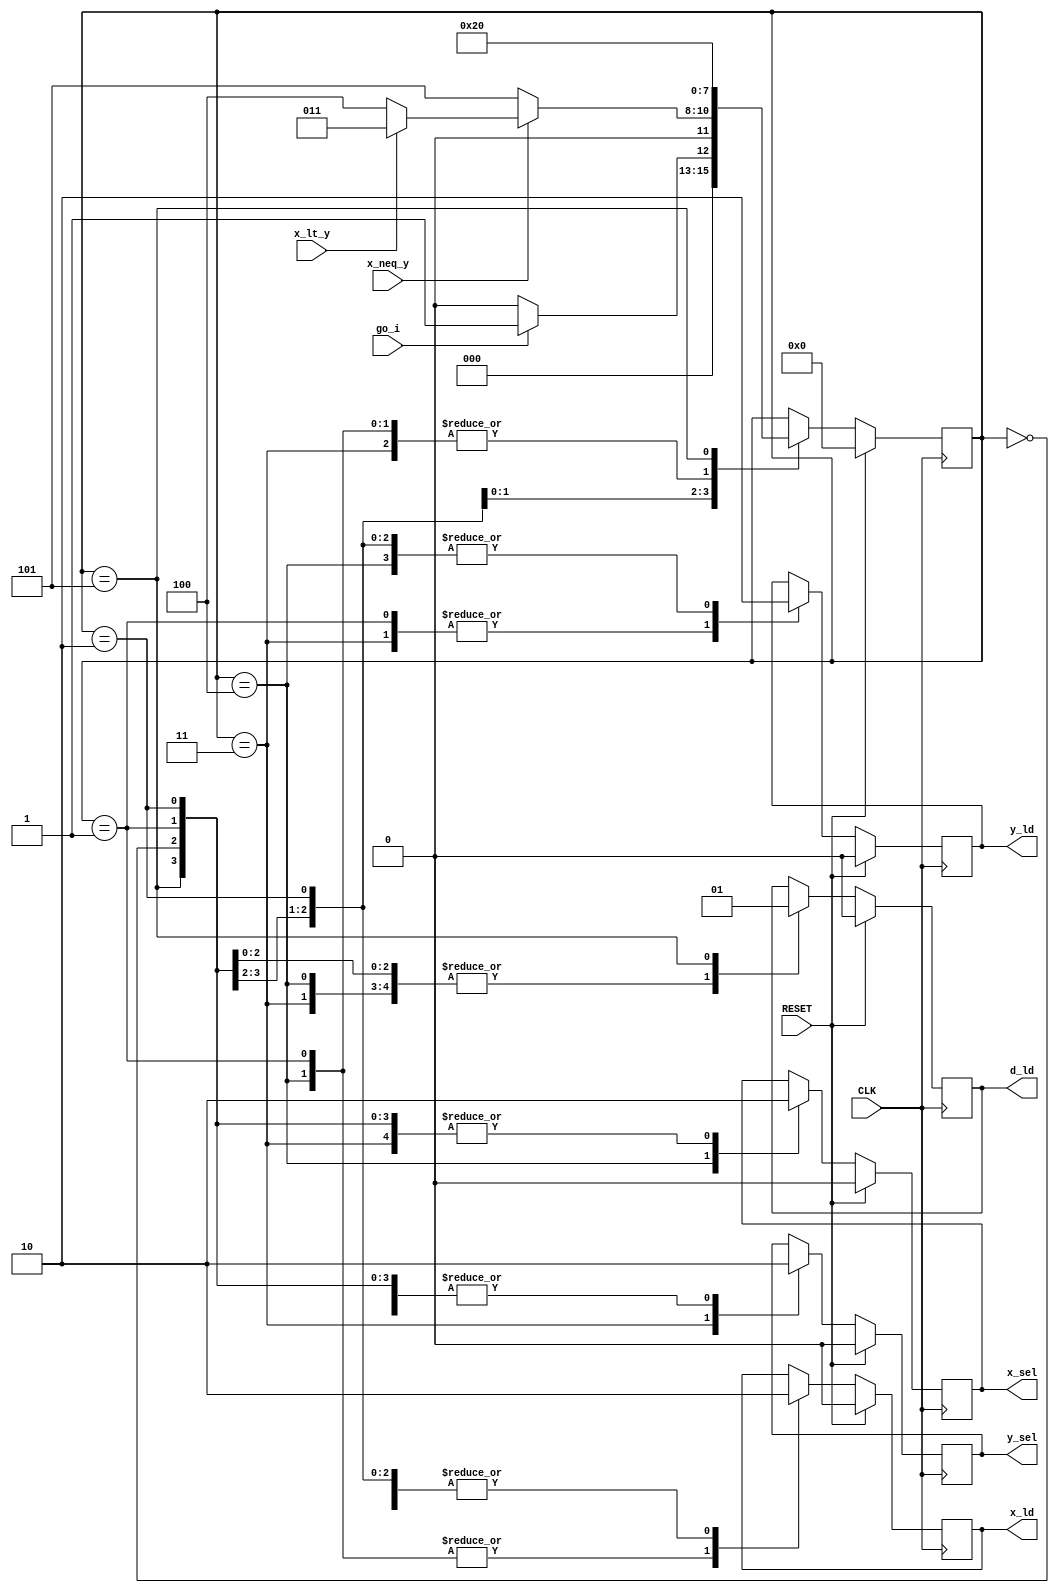
`timescale 1ns / 1ps
//////////////////////////////////////////////////////////////////////////////////
// Company: 
// 
// Design Name: 
// Module Name:    controller 
// Project Name: 
// Target Devices: 
// Tool versions: 
// Description: 
//
// Dependencies: 
//
// Revision: 
// Revision 0.01 - File Created
// Additional Comments: 
//
//////////////////////////////////////////////////////////////////////////////////
module controller(
	 input CLK,
	 input RESET,
    input go_i,
    output reg x_sel,
    output reg x_ld,
    output reg y_sel,
    output reg y_ld,
    input x_neq_y,
    input x_lt_y,
    output reg d_ld
    );

// The FSM design is based on the optimized version of the GCD FSM.
parameter s2 = 3'b000;
parameter s3 = 3'b001;
parameter s5 = 3'b010;
parameter s7 = 3'b011;
parameter s8 = 3'b100;
parameter s9 = 3'b101;

// Wires and regs
reg[3:0] state = s2; 

always @(posedge CLK)
	if (RESET) begin
		state <= s2;
		x_sel <= 0;
		x_ld <= 0;
		y_sel <= 0;
		y_ld <= 0;
		d_ld <= 0;
	end
	
	else
		case (state)
			s2 : begin
				x_sel <= 0;
				x_ld <= 0;
				y_sel <= 0;
				y_ld <= 0;
				d_ld <= 0;
				if (!go_i)
					state <= s2;
				else 
					state <= s3;
			end
			s3 : begin
				x_sel <= 0;
				y_sel <= 0;
				x_ld <= 1;
				y_ld <= 1;
				d_ld <= 0;
				state <= s5;
			end
			s5 : begin
				x_sel <= 0;
				x_ld <= 0;
				y_sel <= 0;
				y_ld <= 0;
				d_ld <= 0;
				if (x_neq_y) begin
					if (x_lt_y)
						state <= s7;
					else 
						state <= s8;
				end
				else
					state <= s9;
			end
			s7 : begin
				x_sel <= 0;
				x_ld <= 0;
				y_sel <= 1;
				y_ld <= 1;
				d_ld <= 0;
				state <= s5;
			end
			s8 : begin
				x_sel <= 1;
				x_ld <= 1;
				y_sel <= 0;
				y_ld <= 0;
				d_ld <= 0;
				state <= s5;
			end
			s9: begin
				x_sel <= 0;
				x_ld <= 0;
				y_sel <= 0;
				y_ld <= 0;
				d_ld <= 1;
				state <= s2;				
			end
		endcase 
endmodule